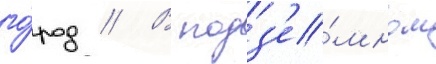
го́род // В подз'е́мном